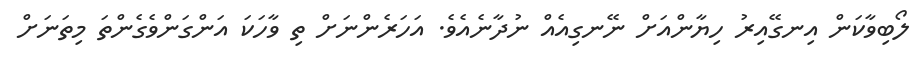
ލޯބިވާކަން އިނގޭއިރު ހިޔާންއަށް ނޭނގިއެއް ނުދާނެއެވެ. އަހަރެންނަށް ތި ވާހަކަ އަންގަންވެގެންތަ މިތަނަށް